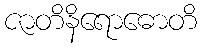
ဇာတိနိရောဓောတိ